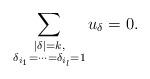
LaTeX: \begin{align*}\sum_{\substack{|\delta|=k,\\\delta_{i_{1}}=\cdots=\delta_{i_{l}}=1}}u_{\delta}=0.\end{align*}